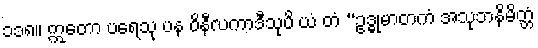
၁၁၈။ ဣတော ပရေသု ပန ဝိနီလကာဒီသုပိ ယံ တံ “ဥဒ္ဓုမာတကံ အသုဘနိမိတ္တံ